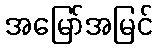
အမြော်အမြင်